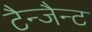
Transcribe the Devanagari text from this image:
टैन्जैन्ट